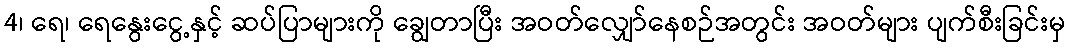
4၊ ရေ၊ ရေနွေးငွေ့နှင့် ဆပ်ပြာများကို ချွေတာပြီး အဝတ်လျှော်နေစဉ်အတွင်း အဝတ်များ ပျက်စီးခြင်းမှ